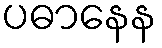
ပဓာနေန